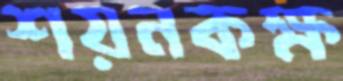
শয়নকক্ষ